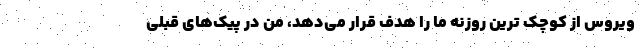
ویروس از کوچک ترین روزنه ما را هدف قرار می‌دهد، من در پیک‌های قبلی